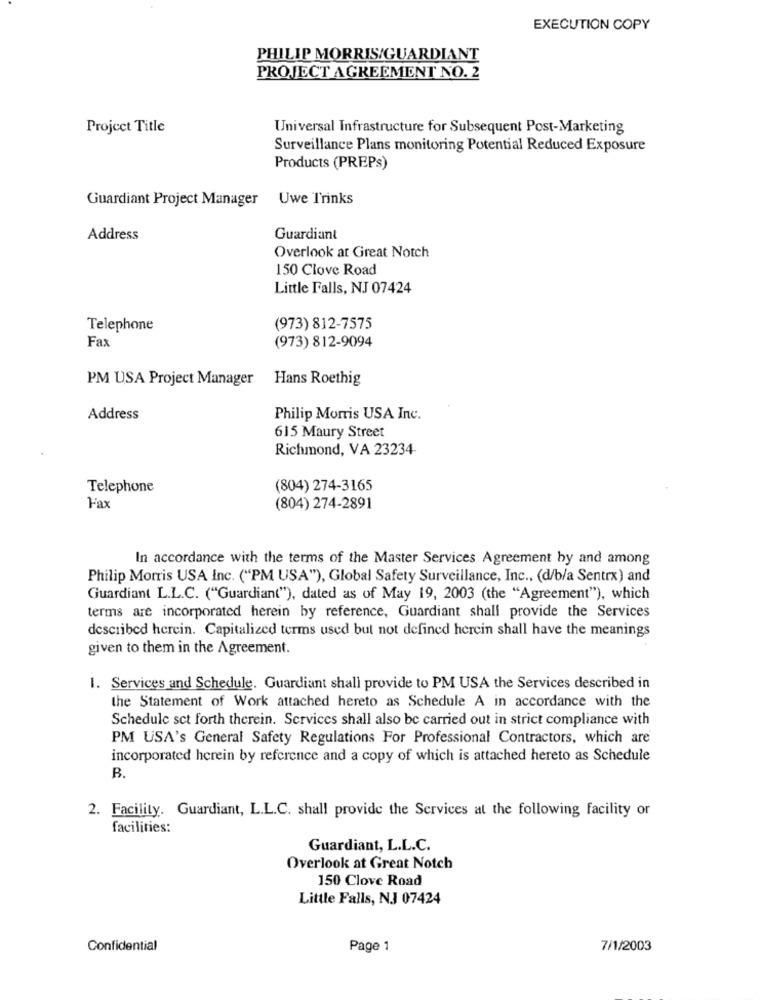
EXECUTION COPY
PHILIP MORRIS/GUARDIANT
PROJECT AGREEMENT NO. 2
Project Title
Universal Infrastructure for Subsequent Post-Marketing
Surveillance Plans monitoring Potential Reduced Exposure
Products (PREPs)
Guardiant Project Manager
Uwe Trinks
Address
Guardiant
Overlook at Great Notch
150 Clove Road
Little Falls, NJ 07424
Telephone
(973) 812-7575
Fax
(973) 812-9094
PM USA Project Manager
Hans Roethig
Address
Philip Morris USA Inc.
615 Maury Street
Richmond, VA 23234-
Telephone
(804) 274-3165
Fax
(804) 274-2891
In accordance with the terms of the Master Services Agreement by and among
Philip Morris USA Inc. ("PM USA"), Global Safety Surveillance, Inc ., (d/b/a Sentrx) and
Guardiant L.L.C. ("Guardian("), dated as of May 19, 2003 (the "Agreement"), which
terms are incorporated herein by reference, Guardiant shall provide the Services
described herein. Capitalized terms used but not defined herein shall have the meanings
given to them in the Agreement.
1. Services and Schedule. Guardiant shall provide to PM USA the Services described in
the Statement of Work attached hereto as Schedule A in accordance with the
Schedule set forth therein. Services shall also be carried out in strict compliance with
PM USA's General Safety Regulations For Professional Contractors, which are
incorporated herein by reference and a copy of which is attached hereto as Schedule
B.
2. Facility. Guardiant, L.L.C. shall provide the Services at the following facility or
facilities:
Guardiant, L.L.C.
Overlook at Great Notch
150 Clove Road
Little Falls, NJ 07424
Confidential
Page 1
7/1/2003